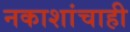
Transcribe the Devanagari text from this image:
नकाशांचाही